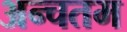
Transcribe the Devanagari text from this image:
अन्चतम